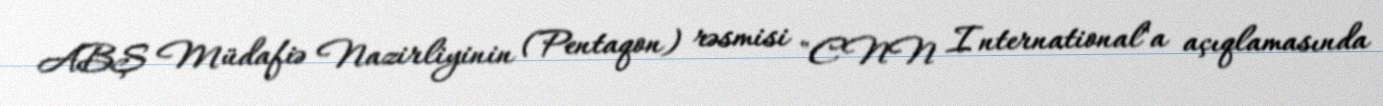
ABŞ Müdafiə Nazirliyinin (Pentaqon) rəsmisi "CNN International"a açıqlamasında